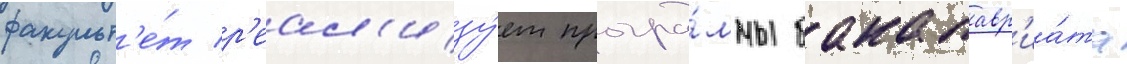
факульт'е́т р'еал'изу́ет програ́ммы бакалавр'иа́та